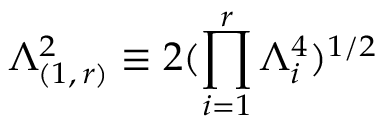
\Lambda _ { ( 1 , \, r ) } ^ { 2 } \equiv 2 ( \prod _ { i = 1 } ^ { r } \Lambda _ { i } ^ { 4 } ) ^ { 1 / 2 }